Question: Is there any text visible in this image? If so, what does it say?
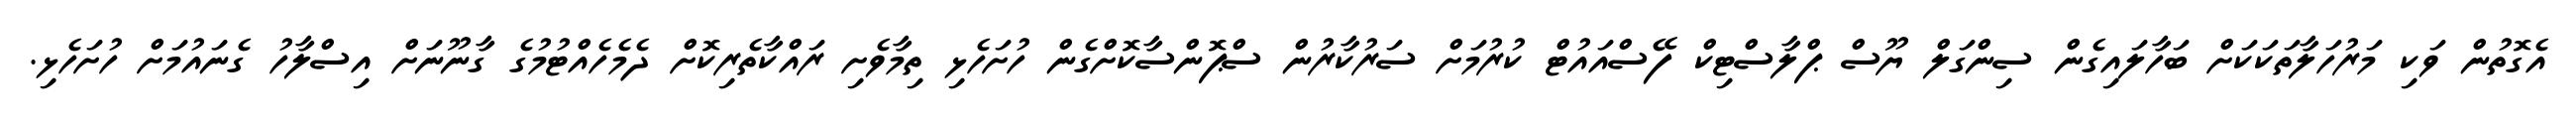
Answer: އެގޮތުން ވަކި މަރުހަލާތަކަކަށް ބަހާލައިގެން ސިންގަލް ޔޫސް ޕްލާސްޓިކް ފޭސްއައުޓް ކުރުމަށް ސަރުކާރުން ސްޕޮންސާކޮށްގެން ހުށަހެޅި ތިމާވެށި ރައްކާތެރިކޮށް ދެމެހެއްޓުމުގެ ގާނޫނަށް އިސްލާހު ގެނައުމަށް ހުށަހެޅި.